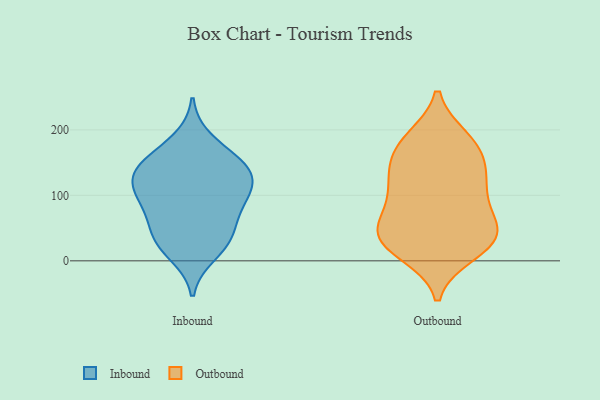
{"axis": {"x": "Operating Costs (USD K)", "y": "Value"}, "legend": ["Inbound", "Outbound"], "data": [{"x": "", "y": 143, "type": "Inbound"}, {"x": "", "y": 45, "type": "Inbound"}, {"x": "", "y": 107, "type": "Inbound"}, {"x": "", "y": 10, "type": "Inbound"}, {"x": "", "y": 26, "type": "Inbound"}, {"x": "", "y": 88, "type": "Inbound"}, {"x": "", "y": 58, "type": "Inbound"}, {"x": "", "y": 185, "type": "Inbound"}, {"x": "", "y": 109, "type": "Inbound"}, {"x": "", "y": 153, "type": "Inbound"}, {"x": "", "y": 132, "type": "Inbound"}, {"x": "", "y": 151, "type": "Inbound"}, {"x": "", "y": 31, "type": "Inbound"}, {"x": "", "y": 109, "type": "Inbound"}, {"x": "", "y": 82, "type": "Inbound"}, {"x": "", "y": 137, "type": "Inbound"}, {"x": "", "y": 140, "type": "Outbound"}, {"x": "", "y": 184, "type": "Outbound"}, {"x": "", "y": 28, "type": "Outbound"}, {"x": "", "y": 36, "type": "Outbound"}, {"x": "", "y": 123, "type": "Outbound"}, {"x": "", "y": 114, "type": "Outbound"}, {"x": "", "y": 48, "type": "Outbound"}, {"x": "", "y": 187, "type": "Outbound"}, {"x": "", "y": 162, "type": "Outbound"}, {"x": "", "y": 41, "type": "Outbound"}, {"x": "", "y": 146, "type": "Outbound"}, {"x": "", "y": 51, "type": "Outbound"}, {"x": "", "y": 15, "type": "Outbound"}, {"x": "", "y": 37, "type": "Outbound"}, {"x": "", "y": 92, "type": "Outbound"}, {"x": "", "y": 71, "type": "Outbound"}, {"x": "", "y": 103, "type": "Outbound"}, {"x": "", "y": 181, "type": "Outbound"}, {"x": "", "y": 11, "type": "Outbound"}]}